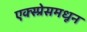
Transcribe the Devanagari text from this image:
एक्स्प्रेसमधून